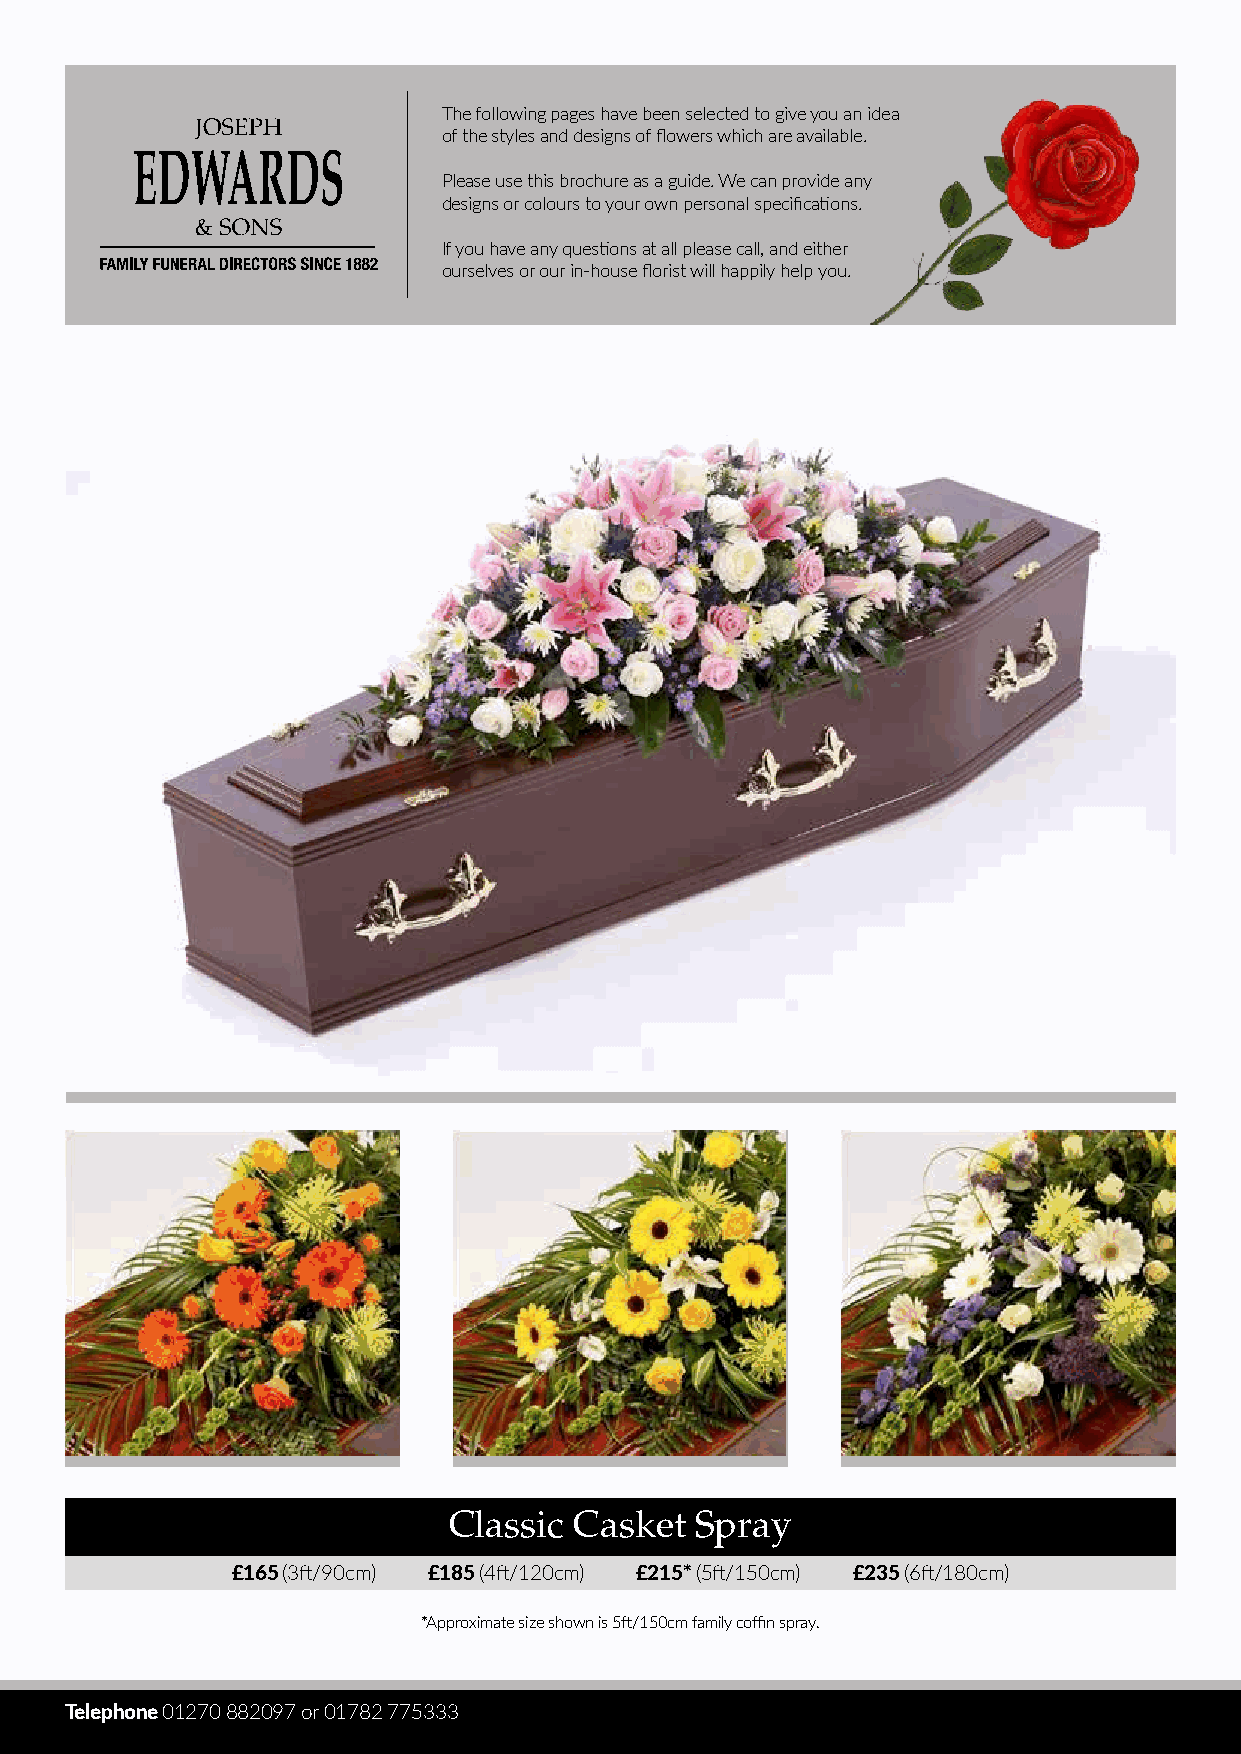
The following pages have been selected to give you an idea
 of the styles and designs of flowers which are available.
 Please use this brochure as a guide. We can provide any
 designs or colours to your own personal specifications.
 If you have any questions at all please call, and either
 ourselves or our in-house florist will happily help you.
 CCCllaClaaslssassssiiiccsc i CcCC aCaassaksksekektete SttSp pSSrprpaaryrya a yy
 ££11£551005 ( 0(33 f(f£3tt1/f/69t95/00 9(c3c0mftmc/)m9) 0 c) m £ £) 1 1 £ 7 7 1 5 5 7 £( 5(414 8f(f54tt/ f(/14t1ft/221/0102c2c00mmccm)m) ) ) £ £ 2 2££00220100*5*0* ( *((555 ftf(f5t/t/1f/15t1/0551c0m05c)c0 m m c ) m ) )£ 2 £ £3 2 52£2 (22655ft2 /( 5(166 8f(f06ttc/f/m1t1/)881008cc0mmc)m) )
 ** A *Ap pAppprrpoorxxoiimxmiamattaeet s esi izszeiez s esh hsoohwwonwn i niss i 5s5f f5tt/f/1t1/551005cc0mmc mF Fa aFmmaimillyyi lC yCo oCffoffifinnf iS nSp pSrrpaaryya y
 *Approximate size shown is 5ft/150cm family coffin spray.
 22 | |2 P P|a Pagageeg e
 Telephone 01270 882097 or 01782 775333